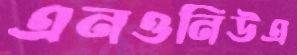
এনওনিউএ